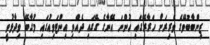
ޒިންބާބުވޭގެ ވެރިރަށް ހަރާރޭގައި ހުންނަ އޭނާގެ ގޭގައި ދެއްވި އިންޓަވިއުގައި މުގާބޭ ވިދާޅުވީ